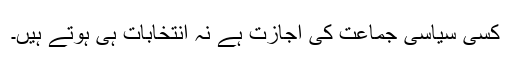
کسی سیاسی جماعت کی اجازت ہے نہ انتخابات ہی ہوتے ہیں۔